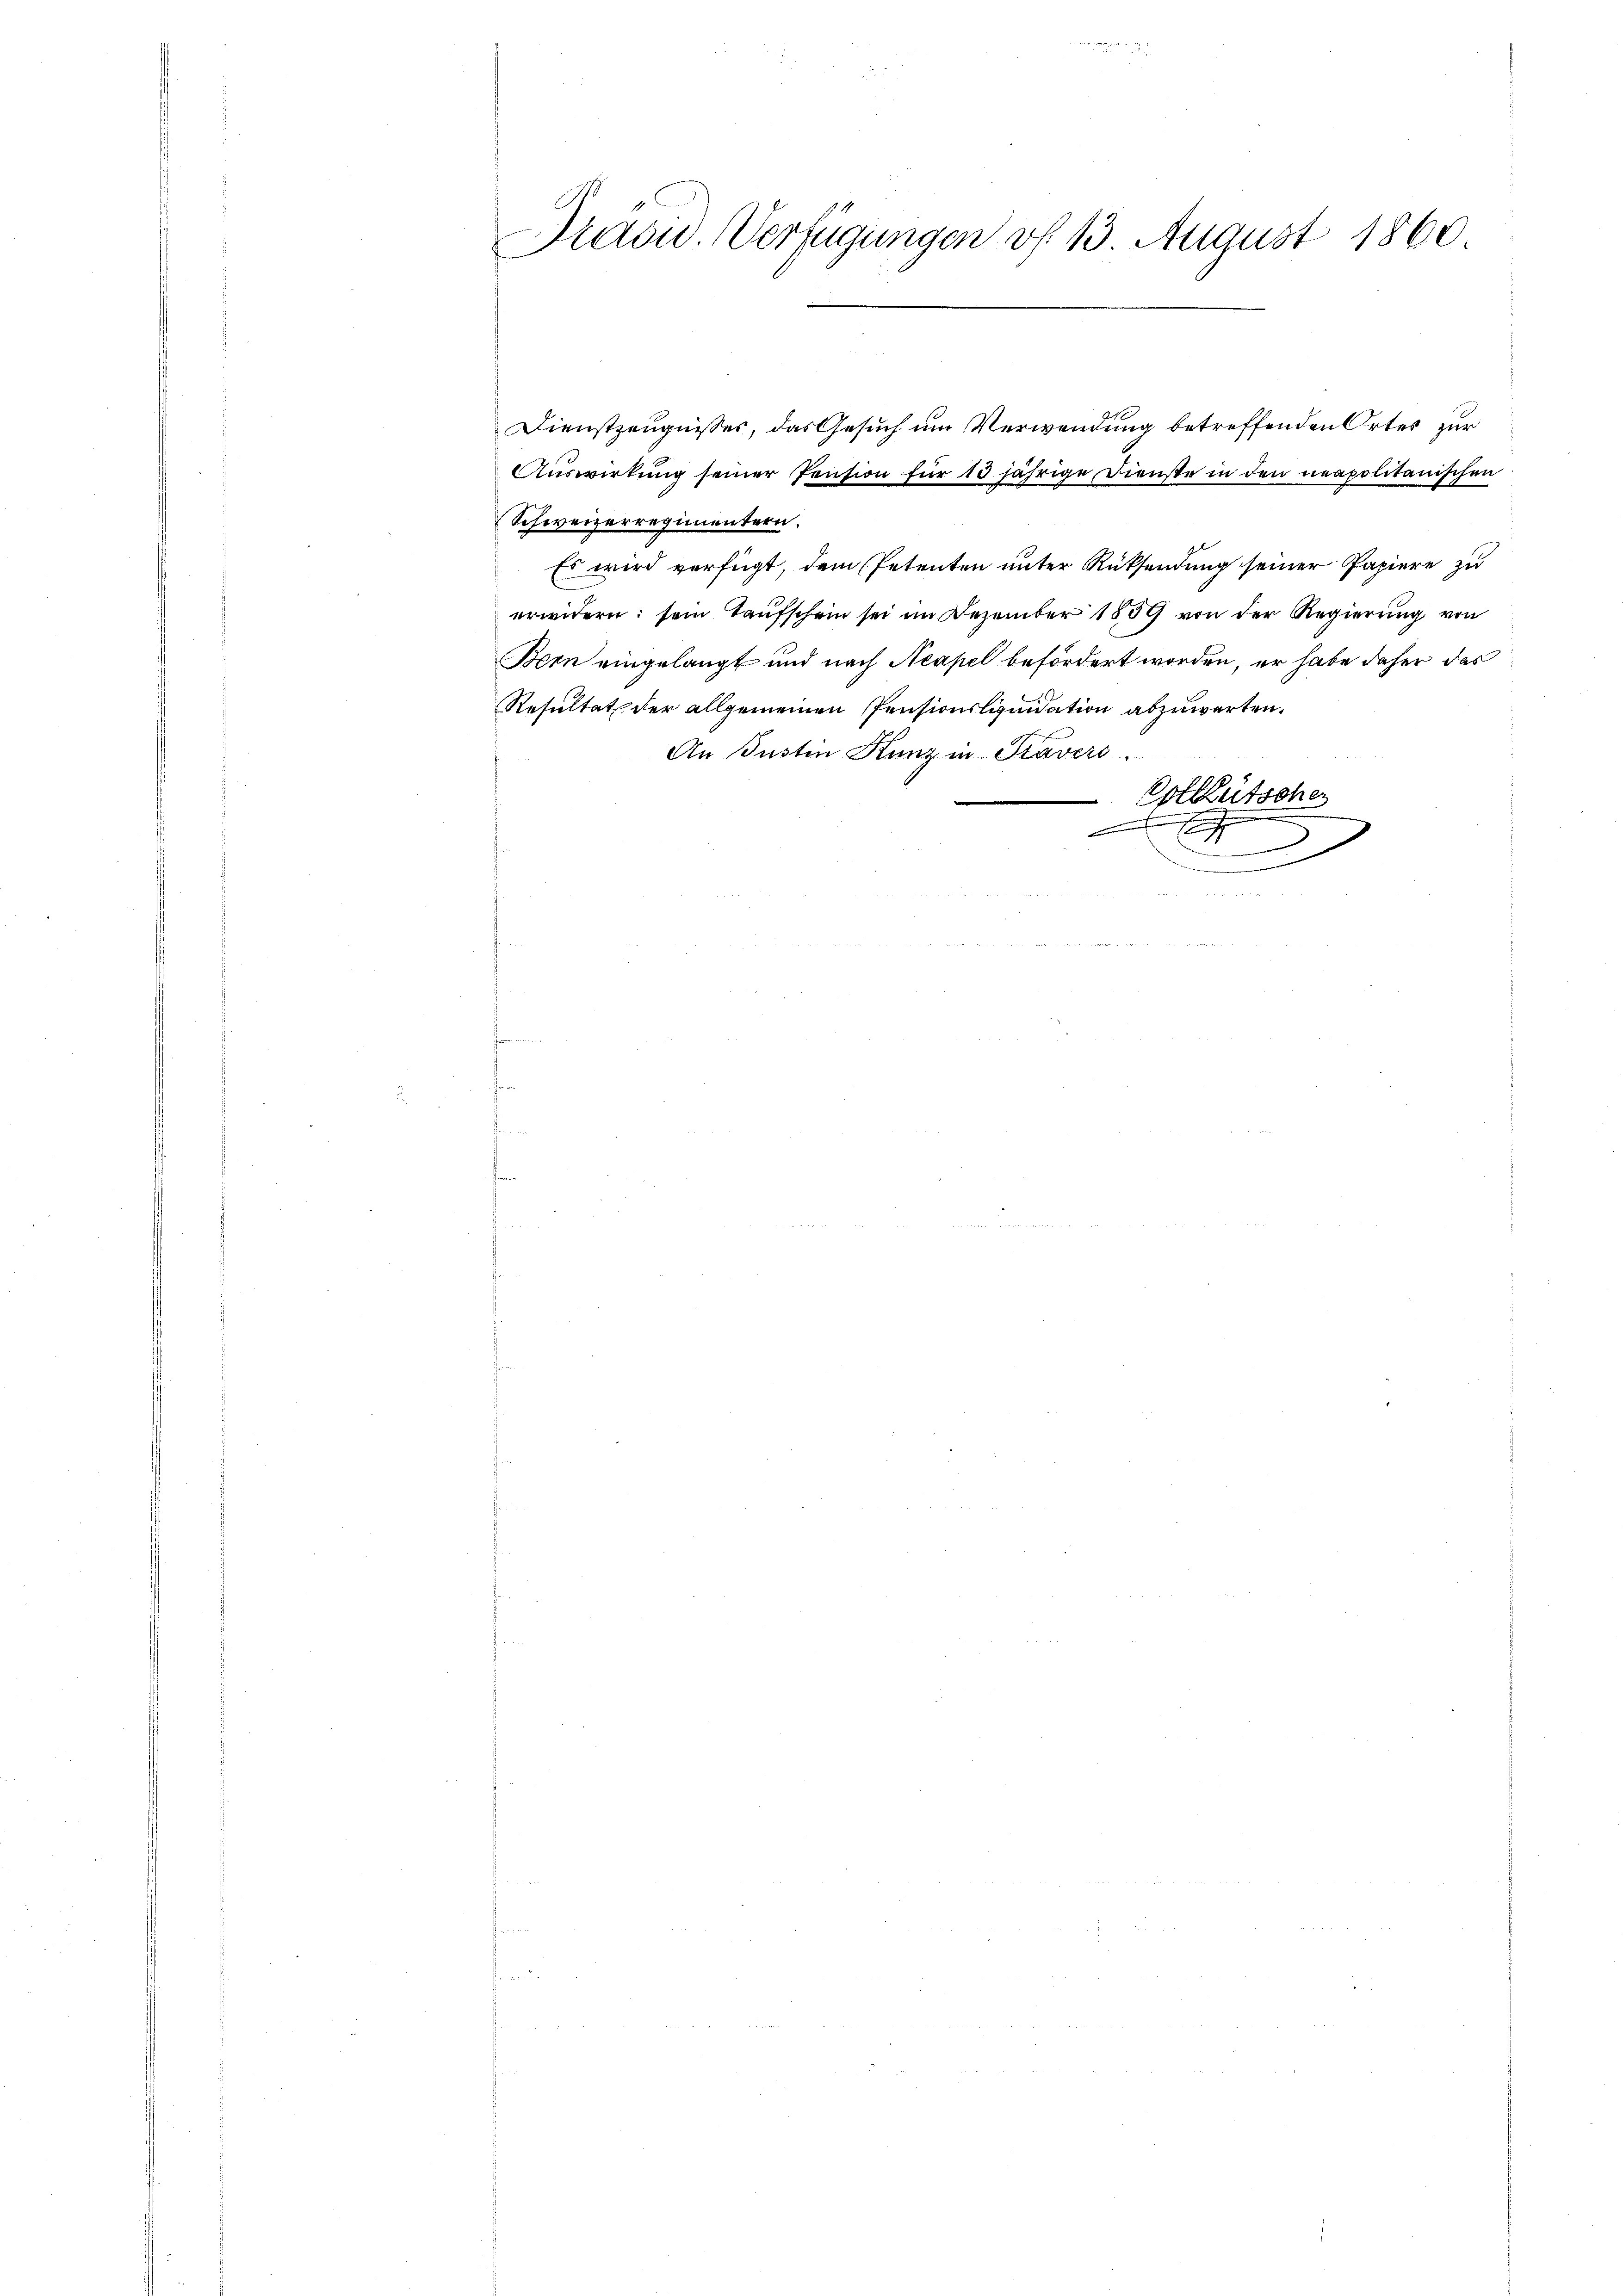
Präsid. Verfügungen vf 13. August 1860

Dienstzeugnisses, das Gesuch um Verwendung betreffenden Ortes zur
Auswirkung seiner Pension für 13 jährige Dienste in den neapolitanischen
Schweizerregimentern.
Es wird verfügt, dem Petenten unter Rücksendung seiner Papiere zu
erwidern: sein Taufschein sei im Dezember 1859 von der Regierung von
Bern eingelangt und nach Neapel befördert worden, er habe daher das
Resultat der allgemeinen Pensionsliquidation abzuwarten.
An Jnsten Kunz in Prävers
ollütscher

E
t
.